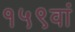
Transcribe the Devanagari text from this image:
१५९वां